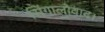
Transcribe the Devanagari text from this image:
सिंगालोवाद।